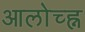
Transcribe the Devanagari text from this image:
आलोच्ह्न